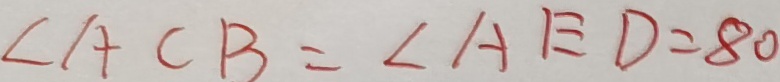
\angle A C B = \angle A E D = 8 0